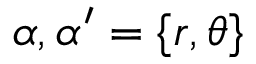
\alpha , \alpha ^ { \prime } = \{ r , \theta \}